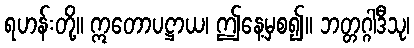
ရဟန်းတို့။ ဣတောပဋ္ဌာယ၊ ဤနေ့မှစ၍။ ဘတ္တဂ္ဂါဒီသု၊